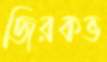
জিরকভ